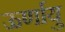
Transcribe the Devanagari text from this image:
ऊर्णायु